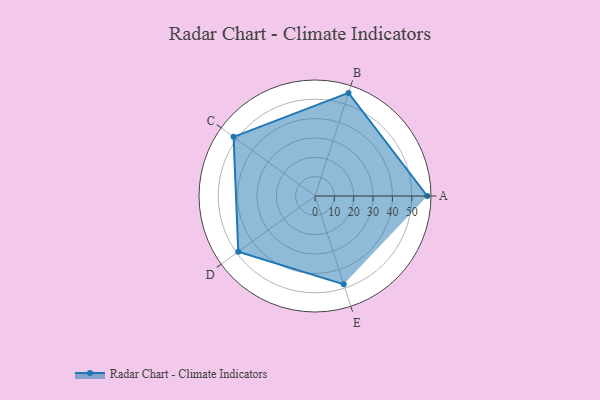
{"axis": {"x": "Skill", "y": "Score"}, "legend": ["Profile"], "data": [{"x": "A", "y": 58.0, "type": "Profile"}, {"x": "B", "y": 56.0, "type": "Profile"}, {"x": "C", "y": 52.0, "type": "Profile"}, {"x": "D", "y": 49.0, "type": "Profile"}, {"x": "E", "y": 48.0, "type": "Profile"}]}